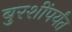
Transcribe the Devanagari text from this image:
बुरशींपर्यंत